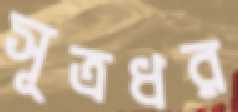
সূত্রধর